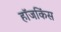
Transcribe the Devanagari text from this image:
हॉजकिंस